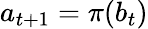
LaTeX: a_{t+1}=\pi(b_{t})